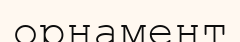
орнамент